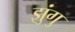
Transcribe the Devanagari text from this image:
झुंगु